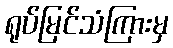
ရုပ်မြင်သံကြားမှ